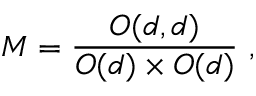
{ \cal M } = { \frac { O ( d , d ) } { O ( d ) \times O ( d ) } } \ ,